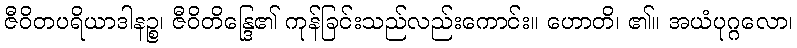
ဇီဝိတပရိယာဒါနဉ္စ၊ ဇီဝိတိန္ဒြေ၏ ကုန်ခြင်းသည်လည်းကောင်း။ ဟောတိ၊ ၏။ အယံပုဂ္ဂလော၊